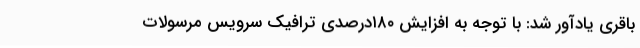
باقری یادآور شد: با توجه به افزایش ۱۸۰درصدی ترافیک سرویس مرسولات